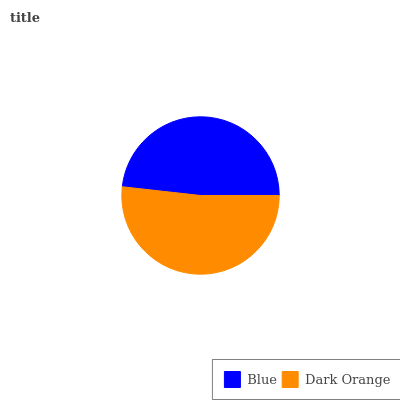
| Blue | Dark Orange |
 | --- | --- |
 | 48.2% | 51.8% |